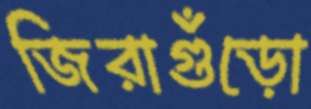
জিরাগুঁড়ো